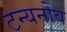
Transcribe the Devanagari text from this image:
टन्यनोव